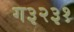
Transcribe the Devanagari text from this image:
ग३२३१